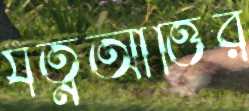
যত্নআত্তির